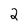
Character: 2